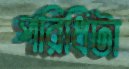
পরিধিটা